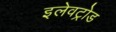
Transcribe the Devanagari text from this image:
इलेवट्रोड